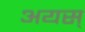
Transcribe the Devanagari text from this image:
अयस्‌